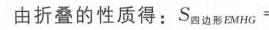
由折叠的性质得：\(S_{四边形EMHG}=\)